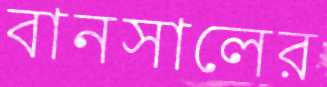
বানসালের